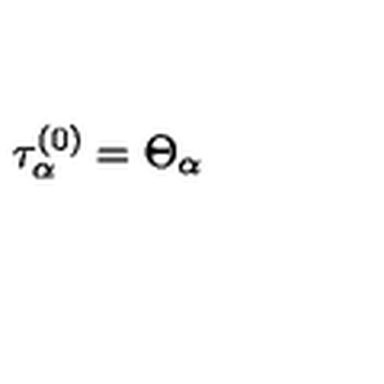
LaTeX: \tau _ { \alpha } ^ { ( 0 ) } = \Theta _ { \alpha }